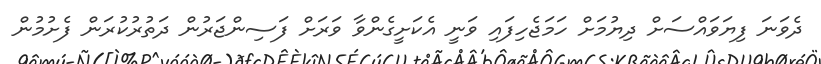
ދެވަނަ ފިޔަވައްސަށް ދިޔުމަށް ހަމަޖެހިފައި ވަނީ އެކަށީގެންވާ ވަރަށް ފަސިންޖަރުން ދަތުރުކުރަން ފެށުމުން